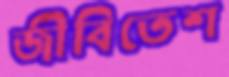
জীবিতেশ